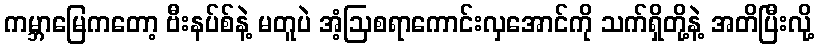
ကမ္ဘာမြေကတော့ ဗီးနပ်စ်နဲ့ မတူပဲ အံ့ဩစရာကောင်းလှအောင်ကို သက်ရှိတို့နဲ့ အတိပြီးလို့